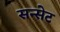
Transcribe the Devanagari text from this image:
सन्सेट